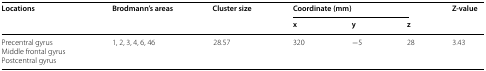
| <ROWSPAN=2> Locations | <ROWSPAN=2> Brodmann’s areas | <ROWSPAN=2> Cluster size | <COLSPAN=3> Coordinate (mm) | <ROWSPAN=2> Z-value |
 | x | y | z |
 | --- | --- | --- | --- | --- | --- | --- |
 | Precentral gyrusMiddle frontal gyrusPostcentral gyrus | 1, 2, 3, 4, 6, 46 | 28.57 | 320 | −5 | 28 | 3.43 |